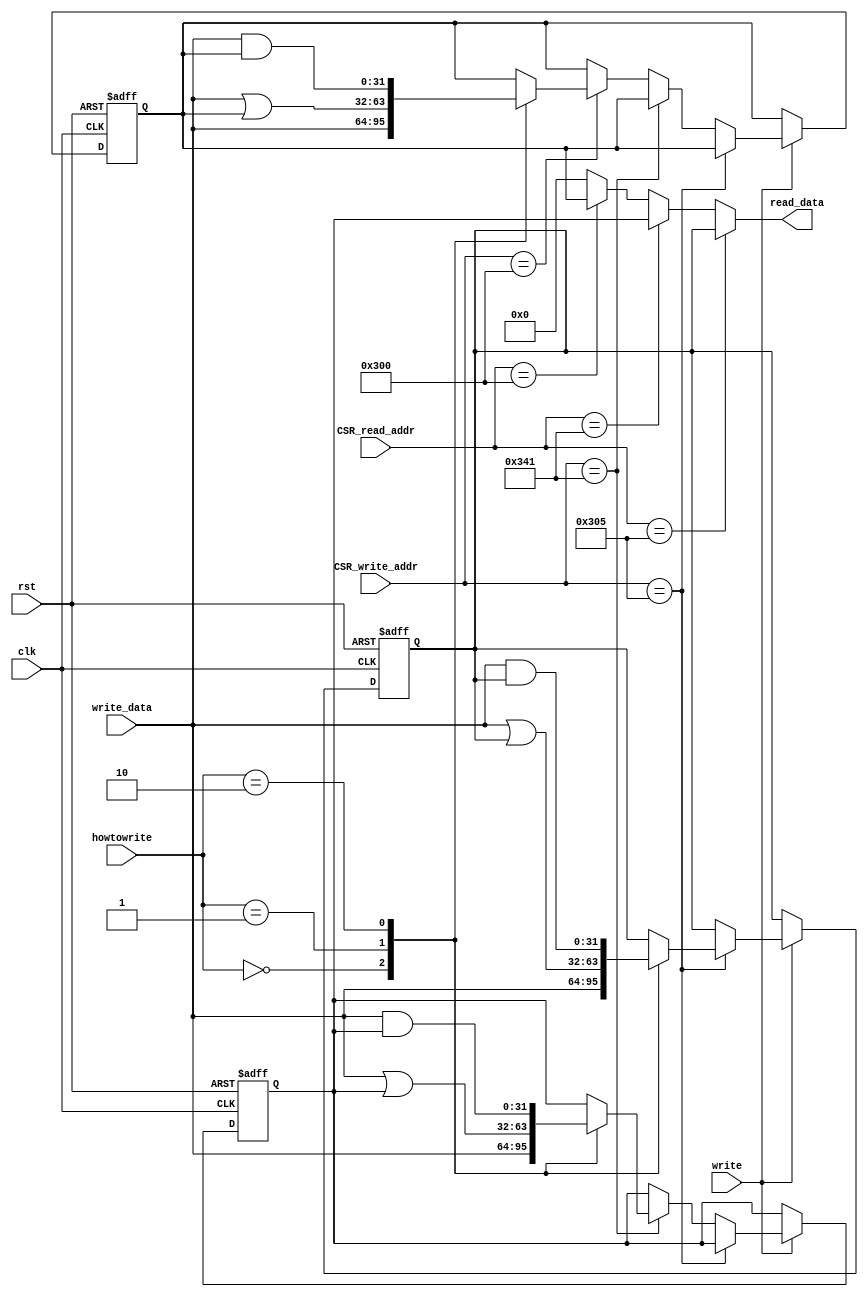
`timescale 1ns / 1ps
//////////////////////////////////////////////////////////////////////////////////
// Company: 
// Engineer: 
// 
// Design Name: 
// Module Name: CSRreg
// Project Name: 
// Target Devices: 
// Tool Versions: 
// Description: 
// 
// Dependencies: 
// 
// Revision:
// Revision 0.01 - File Created
// Additional Comments:
// 
//////////////////////////////////////////////////////////////////////////////////


module CSRs(
input clk,
input rst,
input write,
input [1:0] howtowrite,
input [11:0] CSR_write_addr,
input [11:0] CSR_read_addr,
input [31:0] write_data,
output reg [31:0] read_data
    );

reg [31:0] mtvec, mepc, mstatus;

always @ *
begin
    if(CSR_read_addr == 12'h305)
    begin
        read_data <= mtvec;
    end
    else if(CSR_read_addr == 12'h341)
    begin
        read_data <= mepc;
    end
    else if(CSR_read_addr == 12'h300)
    begin
        read_data <= mstatus;
    end
    else
    begin
        read_data <= 32'b0;
    end
end    

always @ (negedge clk or posedge rst)
begin
    if(rst)
    begin
        mtvec <= 32'b0;
        mepc <= 32'b0;
        mstatus <= 32'b0;
    end
    
    else if(write)
    begin
        if(CSR_write_addr == 12'h305)
        begin
            case(howtowrite)
            2'b00:mtvec <= write_data;
            2'b01:mtvec <= write_data | mtvec;
            2'b10:mtvec <= write_data & mtvec;
            endcase
        end
        else if(CSR_write_addr == 12'h341)
        begin
            case(howtowrite)
            2'b00:mepc <= write_data;
            2'b01:mepc <= write_data | mepc;
            2'b10:mepc <= write_data & mepc;
            endcase
        end
        else if(CSR_write_addr == 12'h300)
        begin
            case(howtowrite)
            2'b00:mstatus <= write_data;
            2'b01:mstatus <= write_data | mstatus;
            2'b10:mstatus <= write_data & mstatus;
            endcase
        end
    end
end
    
endmodule